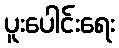
ပူးပေါင်းရေး